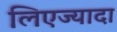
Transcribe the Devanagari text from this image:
लिएज्यादा